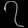
Digit: ၇